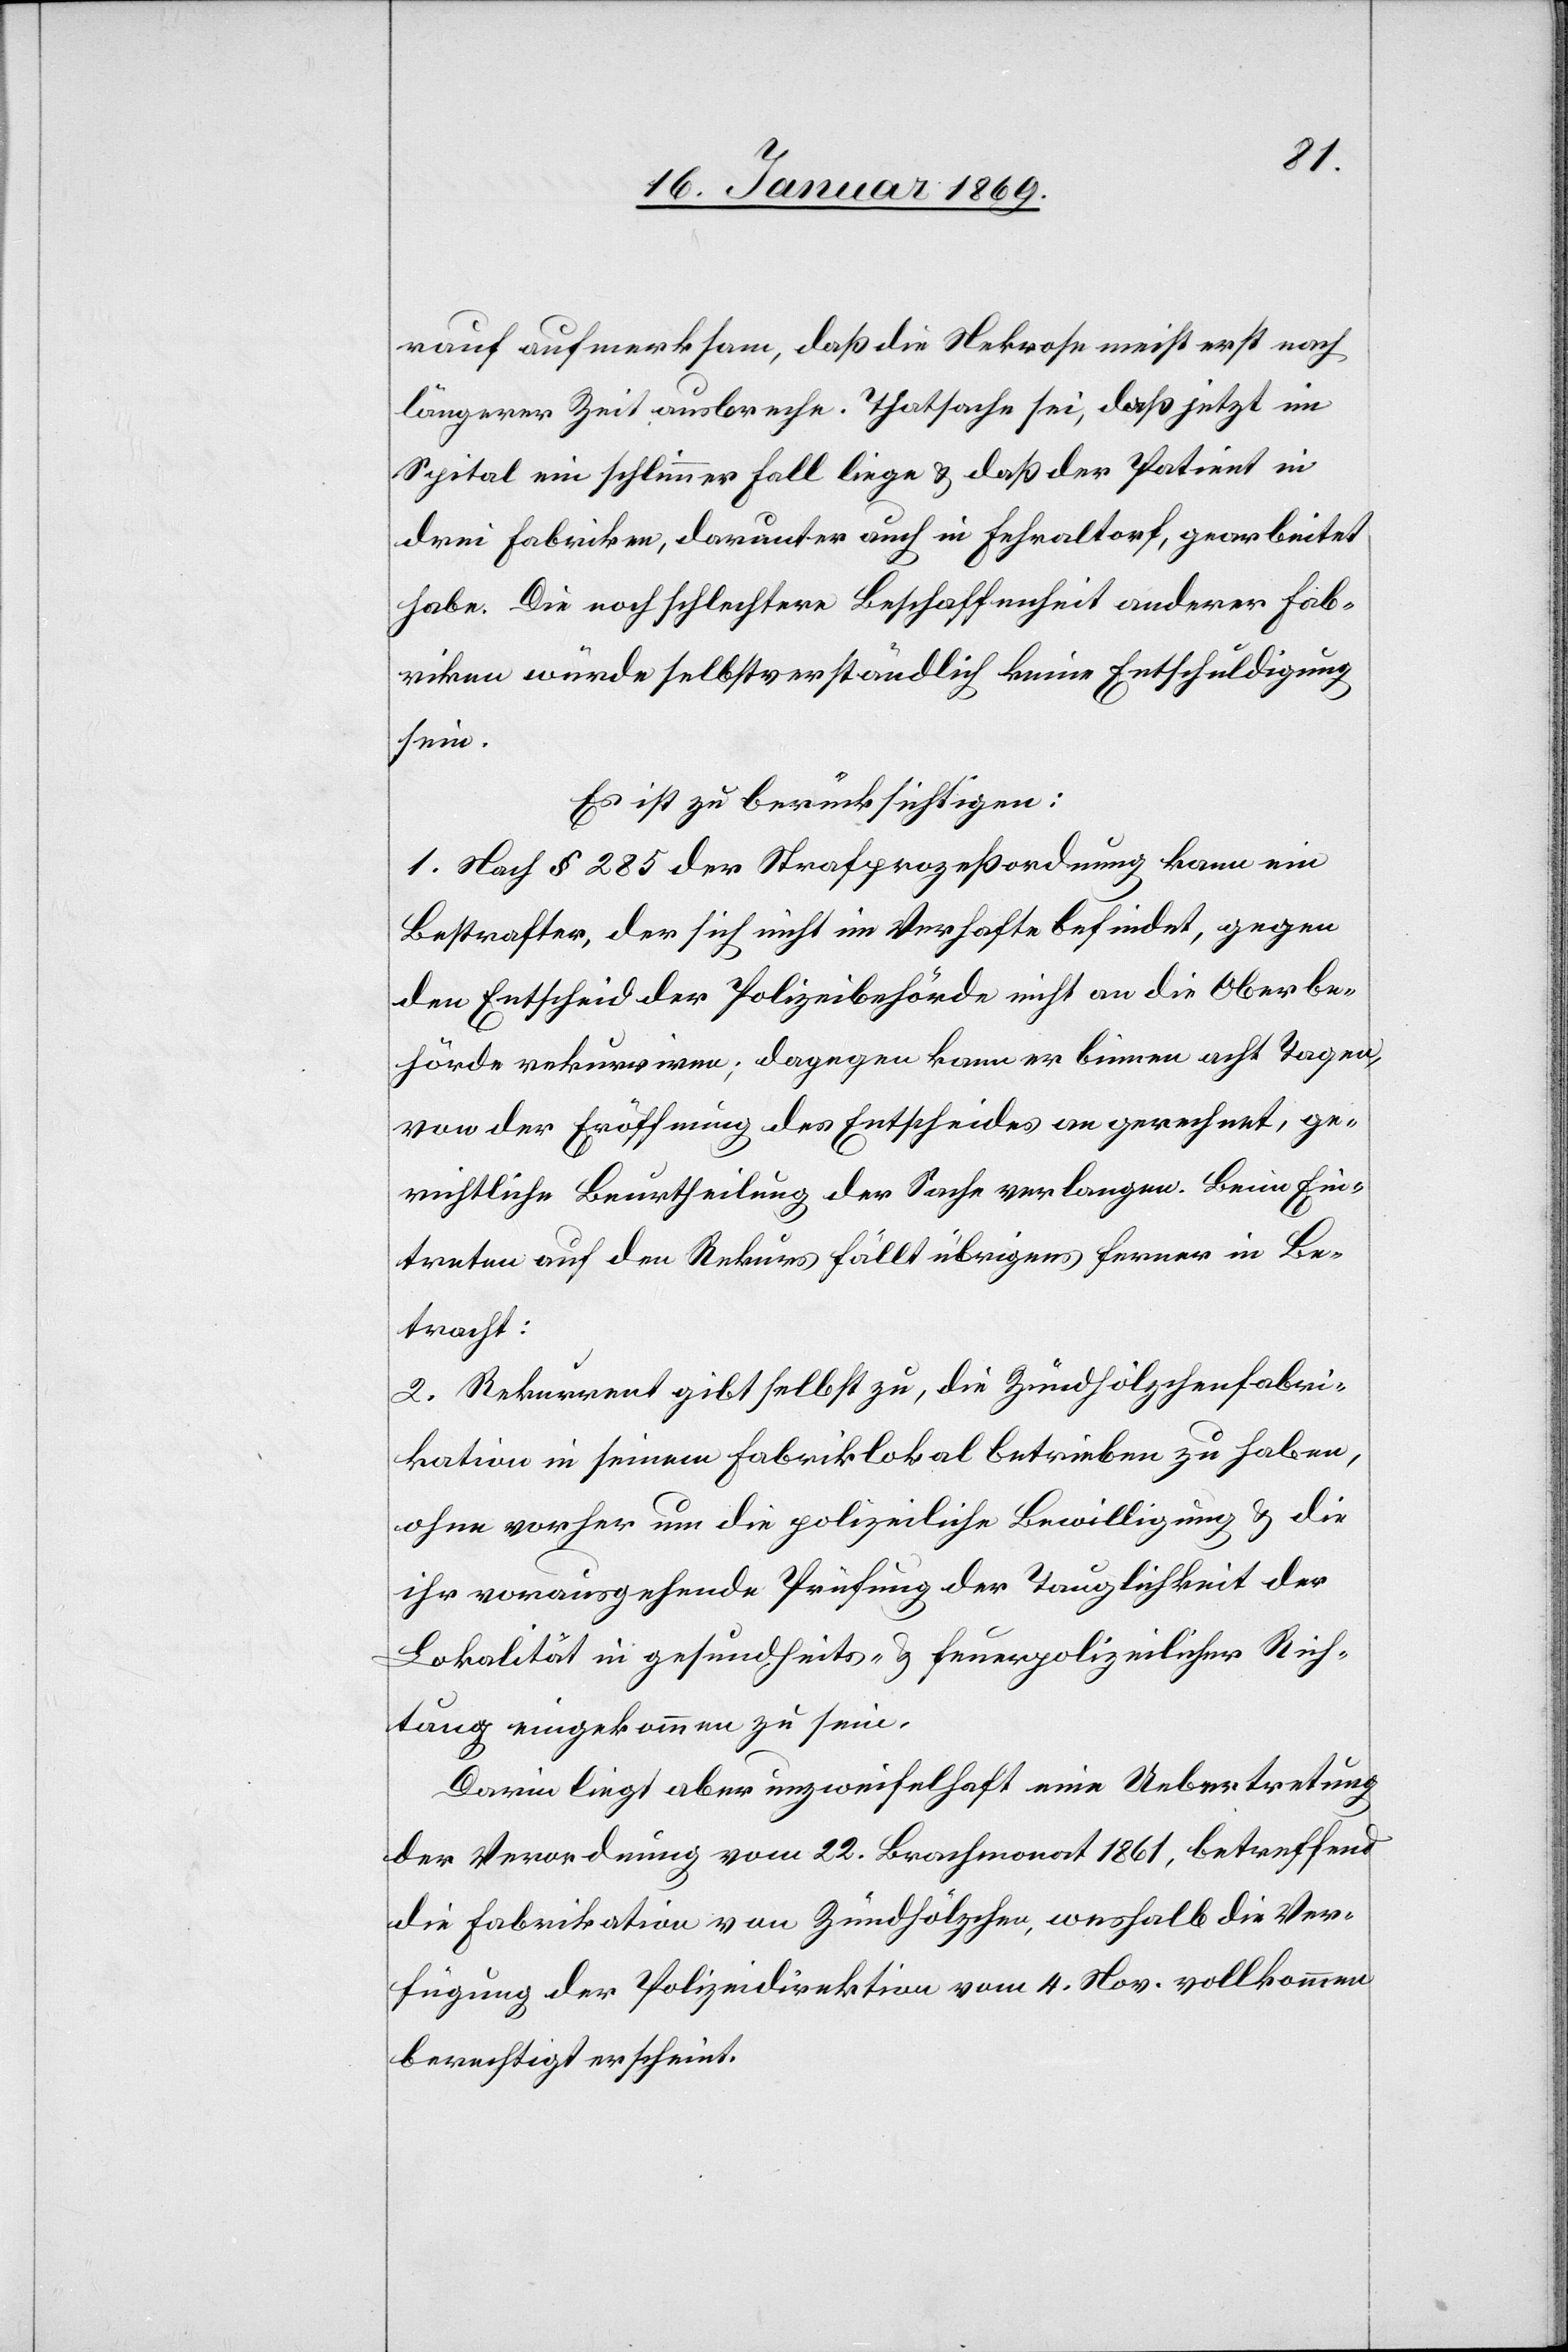
rauf aufmerksam, daß die Nekrose meist erst nach
längerer Zeit ausbreche. Thatsache sei, daß jetzt im
Spital ein schlimmer Fall liege u. daß der Patient in
drei Fabriken, darunter auch in Fehraltorf, gearbeitet
habe. Die noch schlechtere Beschaffenheit anderer Fab¬
riken würde selbstverständlich keine Entschuldigung
sein.
Es ist zu berücksichtigen:
1. Nach § 285 der Strafprozeßordnung kann ein
Bestrafter, der sich nicht im Verhafte befindet, gegen
den Entscheid der Polizeibehörde nicht an die Oberbe¬
hörde rekurriren; dagegen kann er binnen acht Tagen,
von der Eröffnung des Entscheides an gerechnet, ge¬
richtliche Beurtheilung der Sache verlangen. Beim Ein¬
treten auf den Rekurs fällt übrigens ferner in Be¬
tracht:
2. Rekurrent gibt selbst zu, die Zündhölzchenfabri¬
kation in seinem Fabriklokale betrieben zu haben,
ohne vorher um die polizeiliche Bewilligung u. die
ihr vorausgehende Prüfung der Tauglichkeit der
Lokalität in gesundheits- u. feuerpolizeilicher Rich¬
tung eingekommen zu sein.
Darin liegt aber unzweifelhaft eine Uebertretung
der Verordnung vom 22. Brachmonat 1861, betreffend
die Fabrikation von Zündhölzchen, weshalb die Ver¬
fügung der Polizeidirektion vom 4. Nov. vollkommen
berechtigt erscheint.